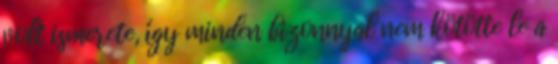
volt ismerete, így minden bizonnyal nem kötötte le a